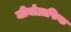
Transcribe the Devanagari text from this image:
जीनोग्राफिक